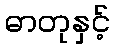
ဓာတုနှင့်